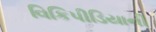
વિકિપીડિયાની